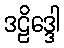
ဒဠိဒ္ဒေါ